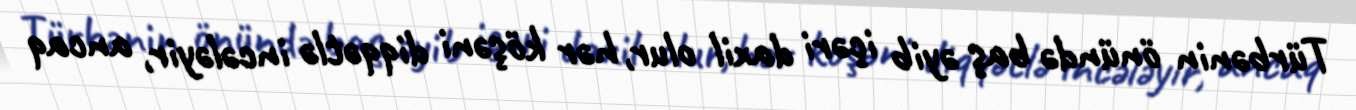
Türbənin önündə baş əyib içəri daxil olur, hər köşəni diqqətlə incələyir, ancaq